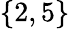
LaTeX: \{ 2,5\}